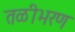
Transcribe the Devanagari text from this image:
तळीभरण